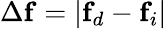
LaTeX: \Delta\mathbf{f}=|\mathbf{f}_{d}-\mathbf{f}_{i}|